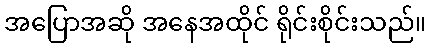
အပြောအဆို အနေအထိုင် ရိုင်းစိုင်းသည်။